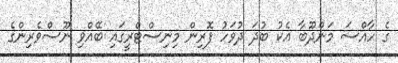
ގެ ހާއްސަ މަންދޫބާ އެކު ބުދަ ދުވަހު ފޮރިން މިނިސްޓްރީގައި ބޭއްވި ނޫސްވެރިންގެ